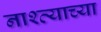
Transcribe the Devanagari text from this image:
नाश्त्याच्या